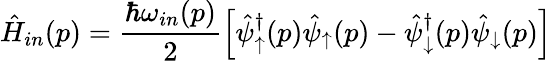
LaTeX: \hat{H}_{in}(p)=\frac{\hbar\omega_{in}(p)}{2}\left[\hat{\psi}_{\uparrow}^{\dagger}(p)\hat{\psi}_{\uparrow}(p)-\hat{\psi}_{\downarrow}^{\dagger}(p)\hat{\psi}_{\downarrow}(p)\right]